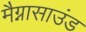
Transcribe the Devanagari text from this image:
मैग्नासाउंड